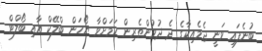
ބުނެފައި ވަނީ ޖެމެއިކާގެ ދެ ދުވުންތެރިން ކަމަށްވާ ޔޯހަން ބްލޭކް އާއި ބޯލްޓް